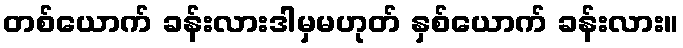
တစ်ယောက် ခန်းလားဒါမှမဟုတ် နှစ်ယောက် ခန်းလား။